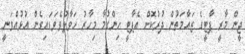
ޖީން މާރީ ޕާޓީގެ ޒައާމަތުން ދުރުކޮށް އެޕާޓީ ހިންގުމާ މިހާރު ހަވާލުވެވަޑައިގެން އުޅުއްވަނީ